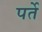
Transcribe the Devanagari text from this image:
पर्ते